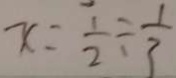
x = \frac { 1 } { 2 } \div \frac { 1 } { 3 }